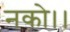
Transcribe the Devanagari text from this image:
नको।।